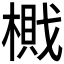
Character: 𰘛